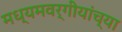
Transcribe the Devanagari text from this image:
मध्यमवर्गीयांच्या